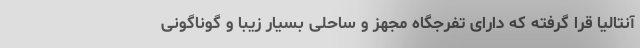
آنتاليا قرا گرفته که دارای تفرجگاه مجهز و ساحلی بسیار زیبا و گوناگونی